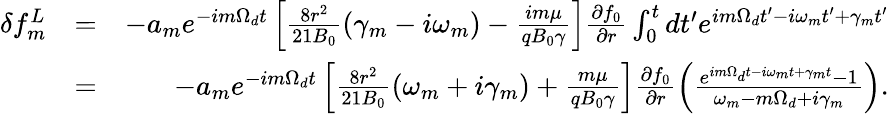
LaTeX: \begin{array}{rlr}{\delta f_{m}^{L}}&{=}&{-a_{m}e^{-im\Omega_{d}t}\left[\frac{8r^{2}}{21B_{0}}(\gamma_{m}-i\omega_{m})-\frac{im\mu}{qB_{0}\gamma}\right]\frac{\partial f_{0}}{\partial r}\int_{0}^{t}dt^{\prime}e^{im\Omega_{d}t^{\prime}-i\omega_{m}t^{\prime}+\gamma_{m}t^{\prime}}}\\ &{=}&{-a_{m}e^{-im\Omega_{d}t}\left[\frac{8r^{2}}{21B_{0}}(\omega_{m}+i\gamma_{m})+\frac{m\mu}{qB_{0}\gamma}\right]\frac{\partial f_{0}}{\partial r}\left(\frac{e^{im\Omega_{d}t-i\omega_{m}t+\gamma_{m}t}-1}{\omega_{m}-m\Omega_{d}+i\gamma_{m}}\right).}\end{array}